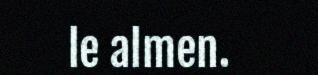
le almen.